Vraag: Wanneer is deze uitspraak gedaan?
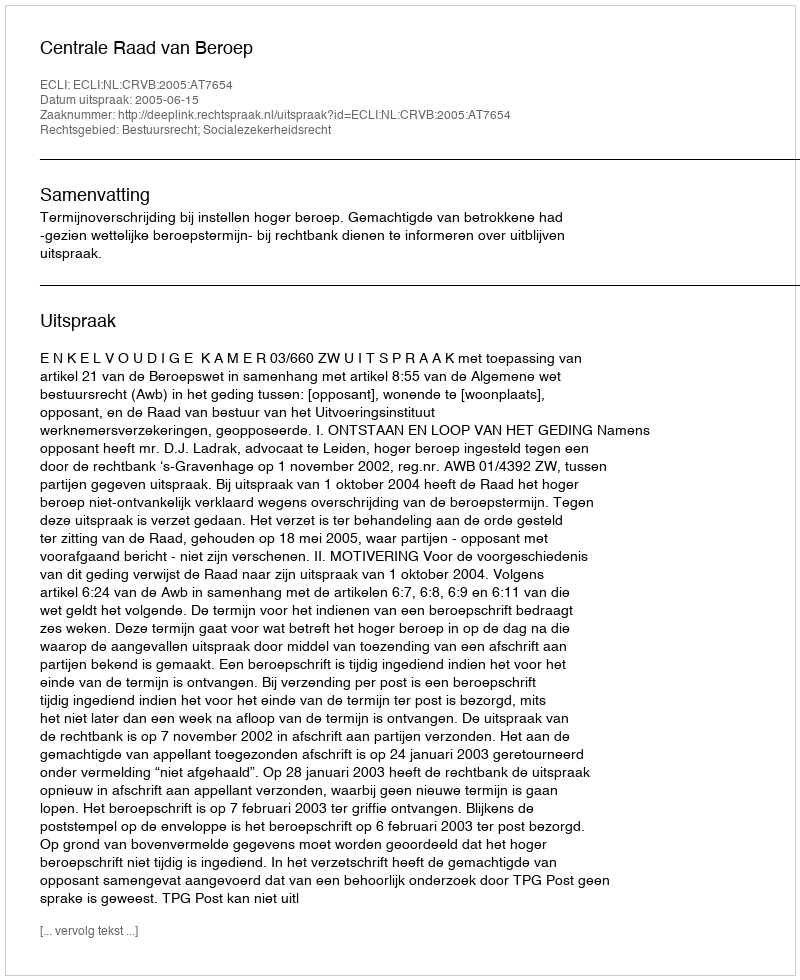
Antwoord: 2005-06-15